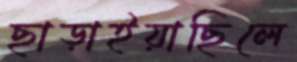
ছাড়াইয়াছিলে